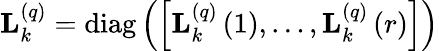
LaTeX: \begin{array}{r}{\mathbf{L}_{k}^{\left(q\right)}=\operatorname{diag}\left(\left[\mathbf{L}_{k}^{\left(q\right)}\left(1\right),\ldots,\mathbf{L}_{k}^{\left(q\right)}\left(r\right)\right]\right)}\end{array}